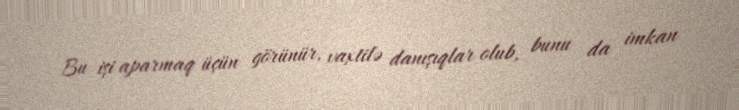
Bu işi aparmaq üçün görünür, vaxtilə danışıqlar olub, bunu da imkan